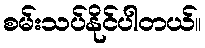
စမ်းသပ်နိုင်ပါတယ်။